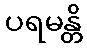
ပရမန္တိ